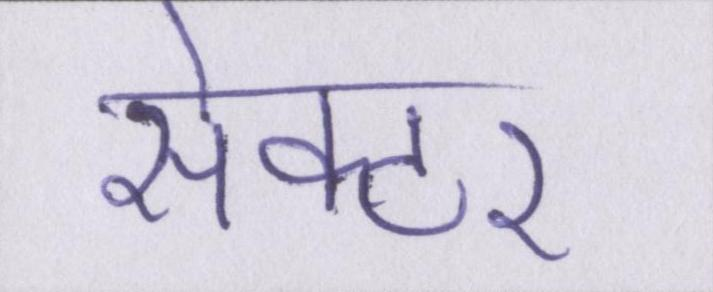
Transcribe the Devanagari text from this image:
सेक्टर